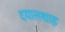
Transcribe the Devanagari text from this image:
दयालशाह